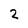
Character: 2